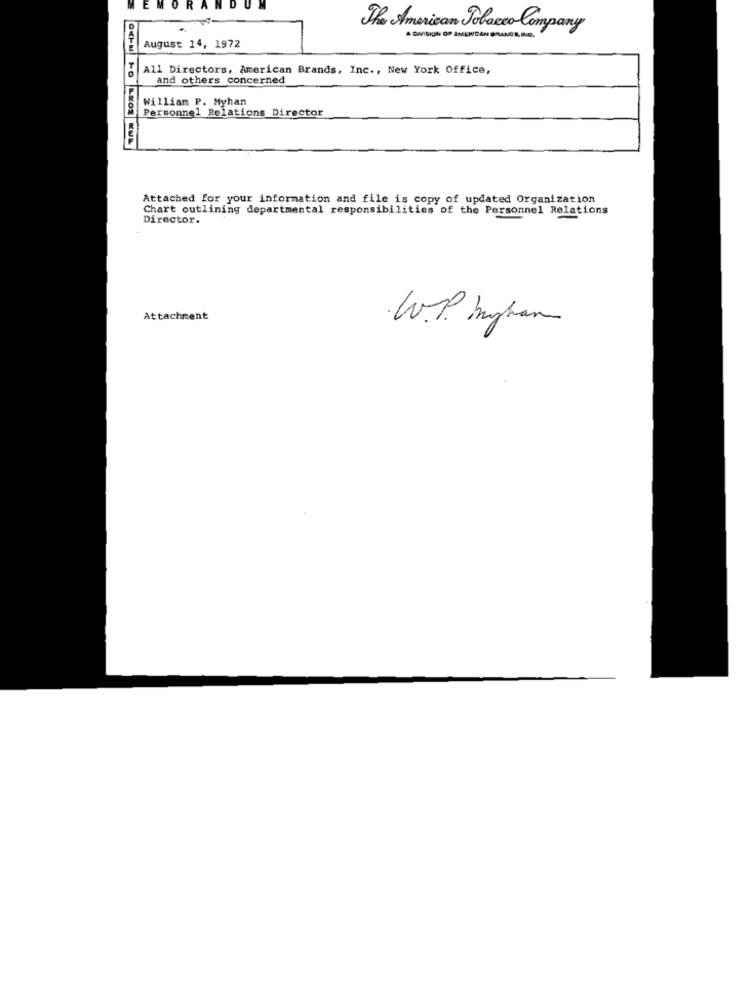
The American Tobacco Company
August 14, 1972
All Directors, American Brands, Inc ., New York Office,
and others concerned
William P. Myhan
Personnel Relations Director
Attached for your information and file is copy of updated Organization
Chart outlining departmental responsibilities of the Personnel Relations
Director.
Attachment
W.P. myhan